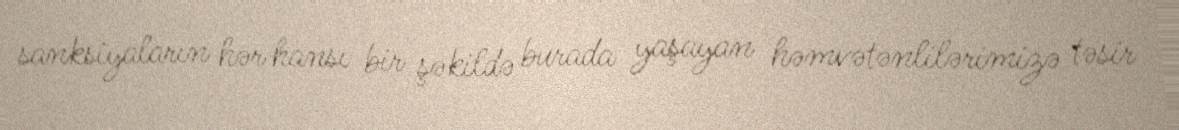
sanksiyaların hər hansı bir şəkildə burada yaşayan həmvətənlilərimizə təsir